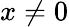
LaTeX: x\neq 0